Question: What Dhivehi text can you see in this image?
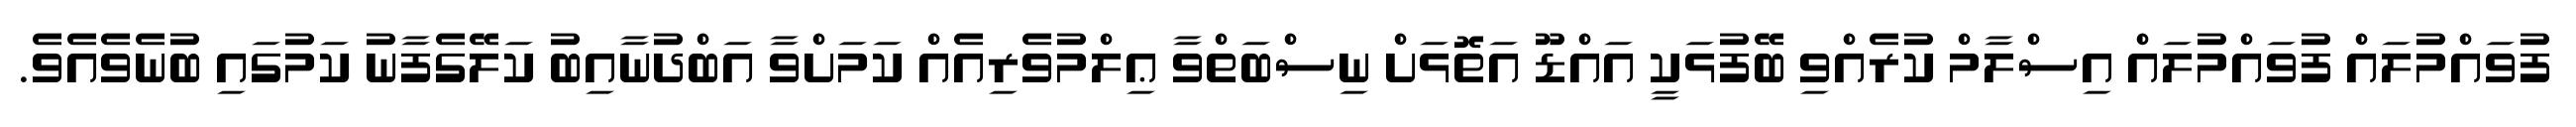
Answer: ފުވައްމުލައް ފުވައްމުލައް އިސްލާމް ކުރެއްވި ބޭފުޅަކީ އައްޑޫ އަތޮޅަށް ނިސްބަތްވާ ޢިލްމުވެރިއެއް ކަމަށްވާ އަބްދުނާއިބު ކަލޭގެފާނު ކަމުގައި ބުނެވެއެވެ.